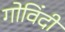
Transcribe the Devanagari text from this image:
गोविंदी